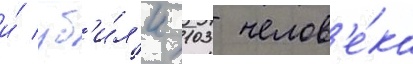
и́ уб'и́л'и 103 челов'е́ка